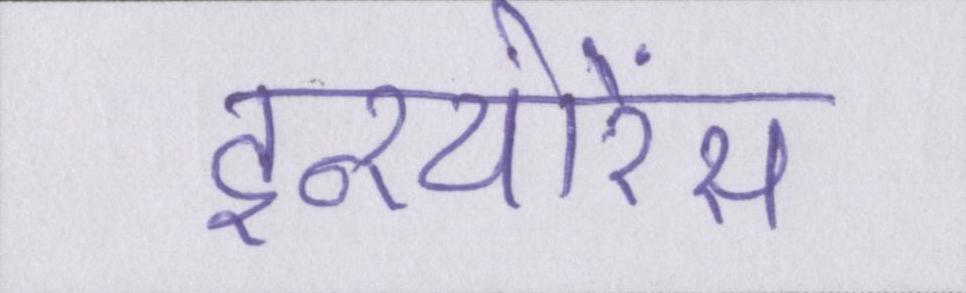
इन्श्योरेंस